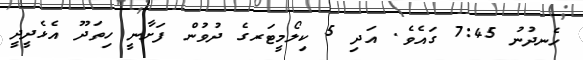
ހެނދުނު 7:45 ގައެވެ. އަދި 5 ކިލޯމީޓަރގެ ދުވުން ފަށާނީ ހިތަދޫ އެޅެދީދީ